Report on horse surra - Volume I
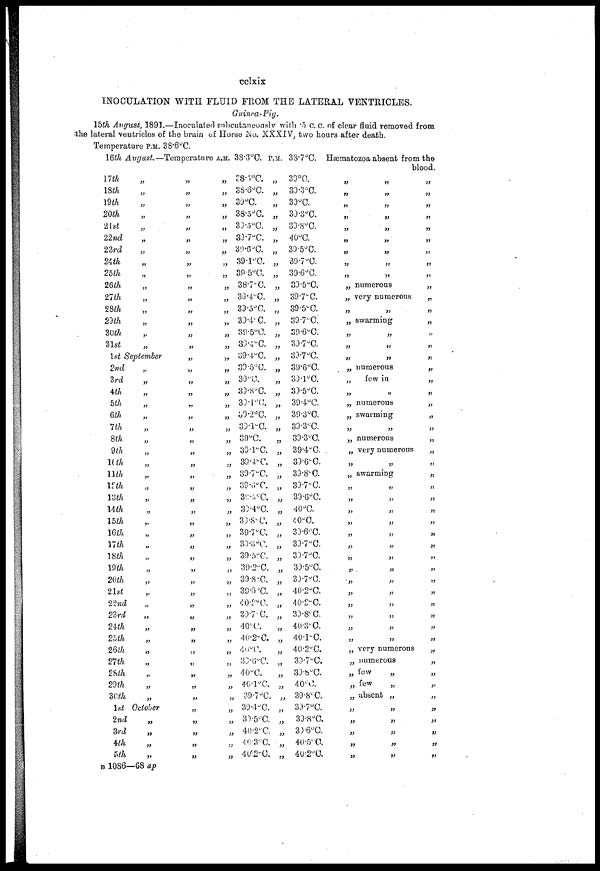
cclxix
INOCULATION WITH FLUID FROM THE LATERAL VENTRICLES.
Guinea-Pig.
15th August, 1891.—Inoculated subcutaneonsly with .5 c. c. of clear fluid removed from
the lateral ventricles of the brain of Horse No. XXXIV, two hours after death.
Temperature P.M. 38.6°C.
16th August.— Temperature A.M. 38.3°C. P.M. 38.7°C. Hæmatozoa absent from the
blood.
17th
18th
19th
20th
21st
22nd
23rd
24th
25th
26th
27th
28th
29th
30th
31st
„
„
„
„
„
„
„
„
„
„
„
„
„
„
„
1st September
2nd
3rd
4th
5th
6th
7th
8th
9th
10th
11th
12th
13th
14th
15th
16th
17th
18th
19th
20th
21st
22nd
23rd
24th
25th
26th
27th
28th
29th
30th
1st
2nd
3rd
4th
5th
„
„
„
„
„
„
„
„
„
„
„
„
„
„
„
„
„
„
„
„
„
„
„
„
„
„
„
„
„
October
„
„
„
„
„
„
„
„
„
„
„
„
„
„
„
„
„
„
„
„
„
„
„
„
„
„
„
„
„
„
„
„
„
„
„
„
„
„
„
„
„
„
„
„
„
„
„
„
„
„
„
„
„
„
„
„
„
„
„
„
„
„
„
„
„
„
„
„
„
„
„
„
„
„
„
„
„
„
„
„
„
„
„
„
„
„
„
„
„
„
„
„
„
„
„
„
„
„
„
„
„
„
„
„
38.8°C.
38.8°C.
39°C.
38.5°C.
39.5°C.
39.7°C.
39.6°C.
39.1°C.
39.5°C.
38.7°C.
33.4°C.
39.5°C.
39.4°C.
39.5°C.
30.4°C.
39.4°C.
39.5°C.
39.C.
39.8°C
39.1°C
39.2°C.
39.1°C.
39°C.
39.1°C
39.4°C.
39.7°C.
39.6°C.
35.5°C.
39.4°C.
39.8°C
39.7°C.
39.3°C.
39.5°C.
39.2°C.
39.8°C.
39.6°C.
40.2°C
39.7°C.
40°C.
40.2°C.
40°C.
39.6°C.
40.°C.
40.1°C.
39.7°C.
39.4°C.
39.5°C.
40.2°C.
40.3°C.
40.2°C.
„
„
„
„
„
„
„
„
„
„
„
„
„
„
„
„
„
„
„
„
„
„
„
„
„
„
„
„
„
„
„
„
„
„
„
„
„
„
„
„
„
„
„
„
„
„
„
„
„
„
39°C.
39.3°C.
39°C.
39.3°C.
39.8°C.
40°C.
39.5°C.
39.7°C.
39.6°C.
39.5°C.
39.7°C.
39.5°C.
39.7°C.
39.6°C.
39.7°C.
39.7°C.
39.6°C.
39.1°C.
39.5°C.
39.4°C.
39.3°C.
39.3°C.
39.3°C.
39.4°C. .
39.6°C.
39.8°C.
39.7°C.
39.6°C.
40°C.
40°C.
39.6°C.
39.7.C.
39.7.C.
39.5.C.
39.7°C.
40.2.C.
40.2°C.
39.8°C.
40.3°C.
40.1°C.
40.2°C.
39.7.C.
39.8°C.
40°C.
39.8°C.
39.7°C.
39.8°C.
39.6°C.
40.5°C.
40.2°C.
„
„
„
„
„
„
„
„
„
„
„
„
„
„
„
„
„
„
„ numerous
„ very numerous
„
„
„ swarming
„
„
„
„
„
„
„ numerous
„
few in
„
„
„ numerous
„swarming
„
„
„ numerous
„ very
„
numerous
„
„ swarming
„
„
„
„
„
„
„
„
„
„
„
„
„
„
„
very
„
„
„
„
„
„
„
„
„
„
„
„
„
„
numerous
„ numerous
„ few
„
few
„
„
„ absent „
„
„
„
„
„
„
„
„
„
„
„
„
„
„
„
„
„
„
„
„
„
„
„
„
„
„
„
„
„
„
„
„
„
„
„
„
„
„
„
„
„
„
„
„
„
„
„
„
„
„
„
„
„
„
„
„
„
„
„
„
B 1086—68 ap